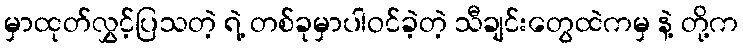
မှာထုတ်လွှင့်ပြသတဲ့ ရဲ့ တစ်ခုမှာပါဝင်ခဲ့တဲ့ သီချင်းတွေထဲကမှ နဲ့ တို့က